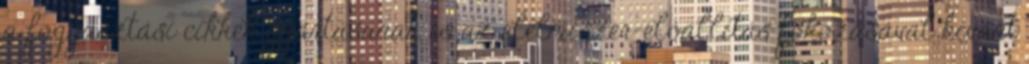
a fogyasztási cikkek gyártásának és az élelmiszer-előállítás fokozásával kívánt